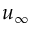
u _ { \infty }